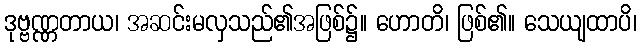
ဒုဗ္ဗဏ္ဏတာယ၊ အဆင်းမလှသည်၏အဖြစ်၌။ ဟောတိ၊ ဖြစ်၏။ သေယျထာပိ၊